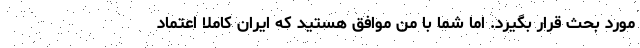
مورد بحث قرار بگیرد. اما شما با من موافق هستید که ایران کاملا اعتماد